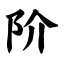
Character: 阶